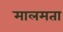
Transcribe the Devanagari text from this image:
मालमता